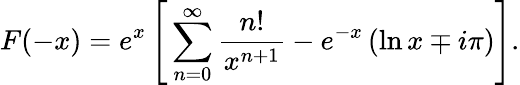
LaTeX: F(-x)=e^{x}\left[\, \sum_{n=0}^{\infty}\frac{n!}{x^{n+1}}-e^{-x}\left(\ln x\mp i\pi\right)\right].